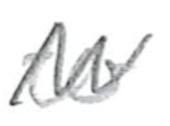
Text: to
Cross-out: zig-zag
Writing tool: pencil